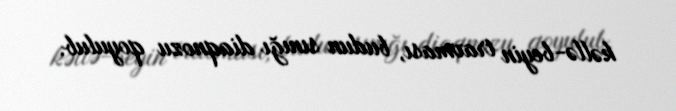
kəllə-beyin travması, budun sınığı diaqnozu qoyulub.